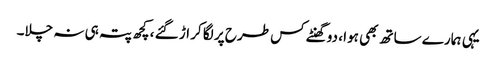
یہی ہمارے ساتھ بھی ہوا ، دو گھنٹے کس طرح پر لگا کر اڑ گئے ، کچھ پتہ ہی نہ چلا۔